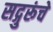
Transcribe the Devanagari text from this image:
सद्गुरूंचे